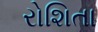
રોશિતા